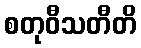
စတုဝီသတီတိ